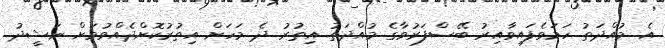
އެ މުއްދަތު ހަމަވެފައިވާއިރު ބޭސްފަރުވާގެ މުއްދަތު އިތުރު ދެ މަހަށް އިތުރުކޮށްދެއްވުމަށް ނަޝީދު